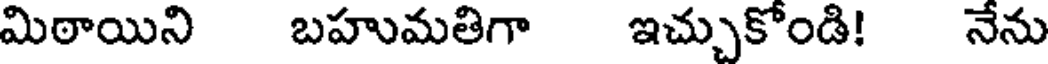
మిఠాయిని బహుమతిగా ఇచ్చుకోండి! నేను